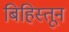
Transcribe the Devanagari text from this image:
बिहिस्तून